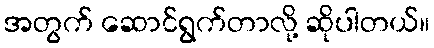
အတွက် ဆောင်ရွက်တာလို့ ဆိုပါတယ်။